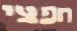
חפצי